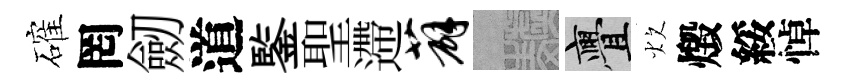
確罔劒道鍳聖遰薜熙亹炊燬綏悼